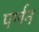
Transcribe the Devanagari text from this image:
पर्णन